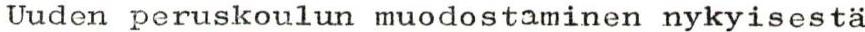
Uuden peruskoulun muodostaminen nykyisestä